Report on vaccination proceedings throughout the Government of Bengal -
Year: 1868
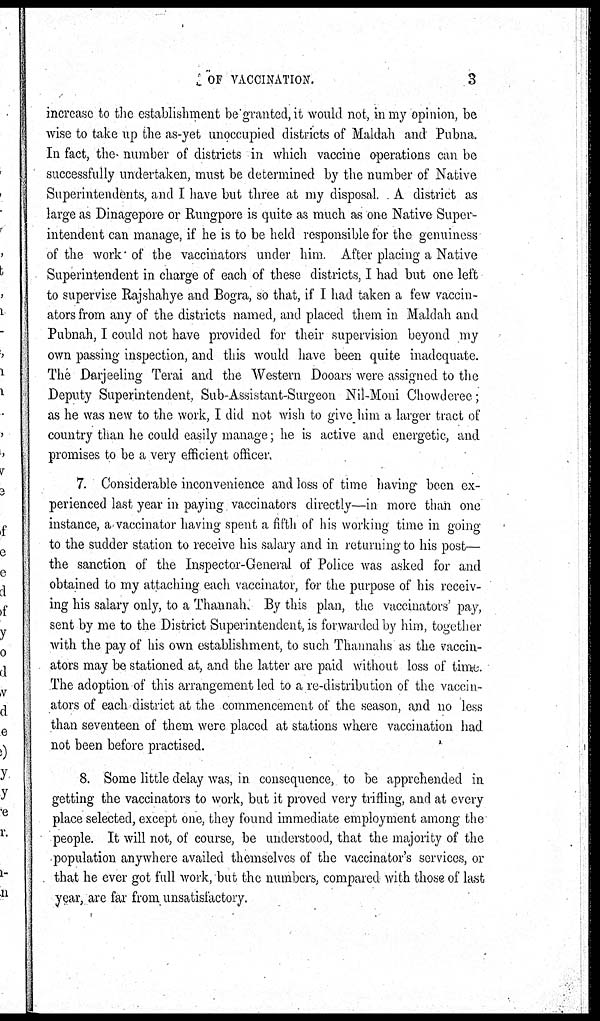
OF VACCINATION.
3
increase to the establishment be granted, it would not, in my opinion, be
wise to take up the as-yet unoccupied districts of Maldah and Pubna.
In fact, the- number of districts in which vaccine operations can be
successfully undertaken, must be determined by the number of Native
Superintendents, and I have but three at my disposal. A district as
large as Dinagepore or Rungpore is quite as much as one Native Super-
intendent can manage, if he is to be held responsible for the genuiness
of the work of the vaccinators under him. After placing a Native
Superintendent in charge of each of these districts, I had but one left
to supervise Rajshahye and Bogra, so that, if I had taken a few vaccin-
ators from any of the districts named, and placed them in Maldah and
Pubnah, I could not have provided for their supervision beyond my
own passing inspection, and this would have been quite inadequate.
The Darjeeling Terai and the Western Dooars were assigned to the
Deputy Superintendent. Sub-Assistant-Surgeon Nil-Moni Chowderee;
as he was new to the work, I did not wish to give him a larger tract of
country than he could easily manage, he is active and energetic, and
promises to be a very efficient officer.
7. Considerable inconvenience and loss of time having been ex-
perienced last year in paying vaccinators directly—in more than one
instance, avaccinator having spent a fifth of his working time in going
to the sudder station to receive his salary and in returning to his post—
the sanction of the Inspector-General of Police was asked for and
obtained to my attaching each vaccinator, for the purpose of his receiv-
ing his salary only, to a Thannah. By this plan, the vaccinators' pay,
sent by me to the District Superintendent, is forwarded by him, together
with the pay of his own establishment, to such Thannahs as the vaccin-
ators may be stationed at, and the latter are paid without loss of time.
The adoption of this arrangement led to a re-distribution of the vaccin-
ators of each district at the commencement of the season, and no less
than seventeen of them were placed at stations where vaccination had
not been before practised.
8. Some little delay was, in consequence, to be apprehended in
getting the vaccinators to work, but it proved very trifling, and at every
place selected, except one, they found immediate employment among the
people. It will not, of course, be understood, that the majority of the
population anywhere availed themselves of the vaccinator's services, or
that he ever got full work, but the numbers, compared with those of last
year, are far from unsatisfactory.